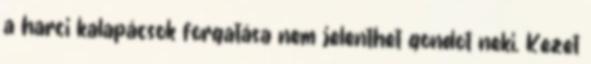
a harci kalapácsok forgatása nem jelenthet gondot neki. Kezet